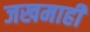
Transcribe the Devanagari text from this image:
जखमाही